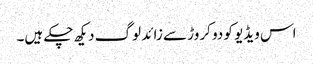
اس ویڈیو کو دو کروڑ سے زائد لوگ دیکھ چکے ہیں۔